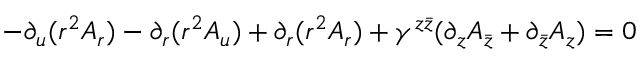
- \partial _ { u } ( r ^ { 2 } A _ { r } ) - \partial _ { r } ( r ^ { 2 } A _ { u } ) + \partial _ { r } ( r ^ { 2 } A _ { r } ) + \gamma ^ { z \bar { z } } ( \partial _ { z } A _ { \bar { z } } + \partial _ { \bar { z } } A _ { z } ) = 0